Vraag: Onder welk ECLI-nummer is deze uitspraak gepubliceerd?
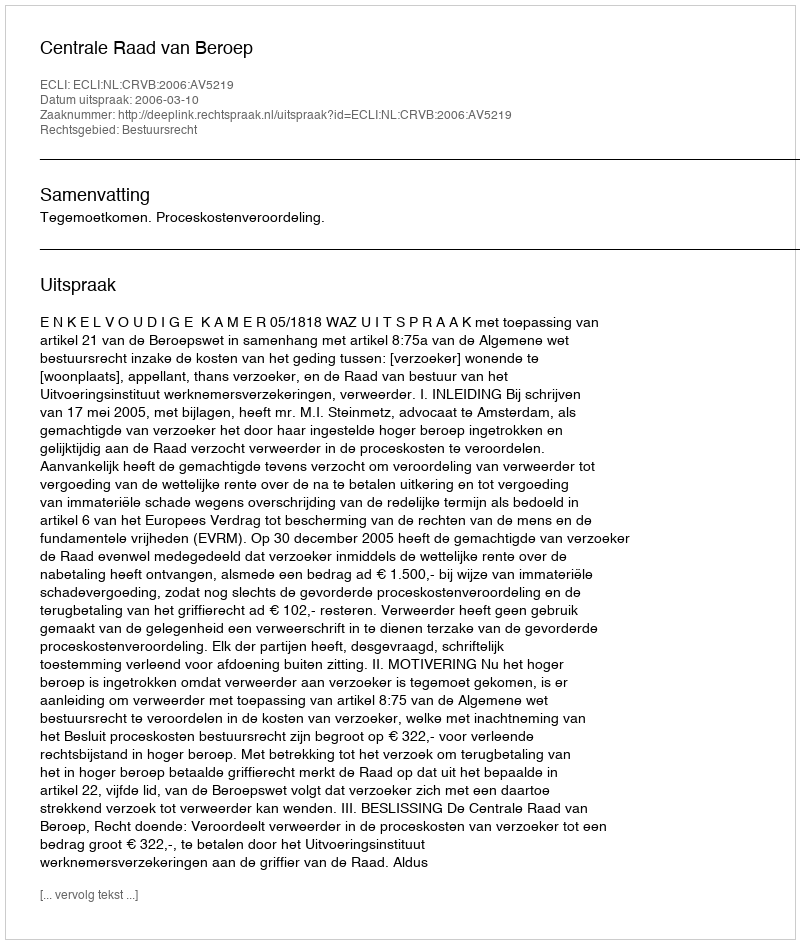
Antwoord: ECLI:NL:CRVB:2006:AV5219